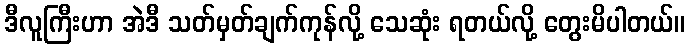
ဒီလူကြီးဟာ အဲဒီ သတ်မှတ်ချက်ကုန်လို့ သေဆုံး ရတယ်လို့ တွေးမိပါတယ်။